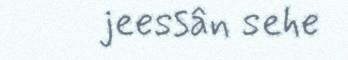
jeessân sehe